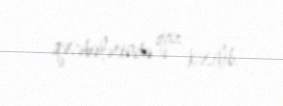
qəsəbələrində qaz kəsilib.